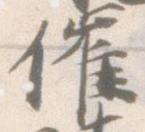
催